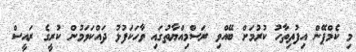
މި ކެމްޕޭން އިފުތިތާހު ކުރުމަށް ބޭއްވި ރަސްމިއްޔާތުގައި ވާހަކަފުޅު ދައްކަވަމުން ކުރީގެ ރައީސް